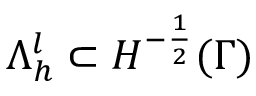
\Lambda _ { h } ^ { l } \subset H ^ { - \frac { 1 } { 2 } } ( \Gamma )